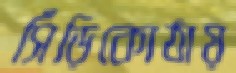
সিঁড়িকোঠায়